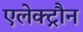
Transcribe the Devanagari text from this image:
एलेक्ट्रौन